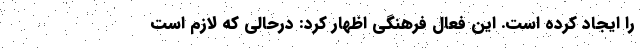
را ایجاد کرده است. این فعال فرهنگی اظهار کرد: درحالی که لازم است